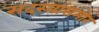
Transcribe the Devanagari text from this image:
सदस्यांसमोर